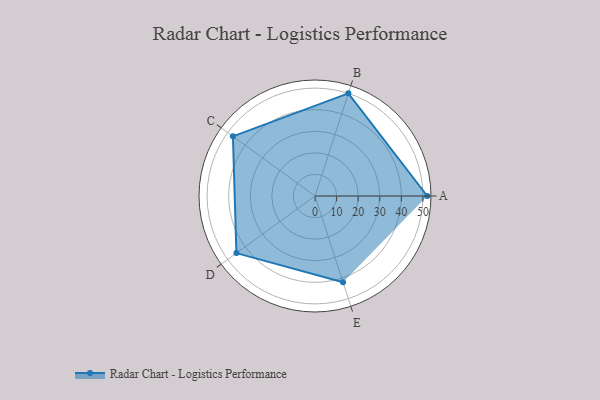
{"axis": {"x": "Skill", "y": "Score"}, "legend": ["Profile"], "data": [{"x": "A", "y": 52.0, "type": "Profile"}, {"x": "B", "y": 50.0, "type": "Profile"}, {"x": "C", "y": 47.0, "type": "Profile"}, {"x": "D", "y": 45.0, "type": "Profile"}, {"x": "E", "y": 42.0, "type": "Profile"}]}